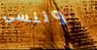
وننسى